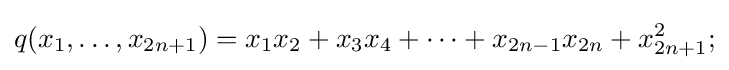
q(x_{1},\ldots ,x_{2n+1})=x_{1}x_{2}+x_{3}x_{4}+\cdots +x_{2n-1}x_{2n}+x_{2n+1}^{2};